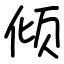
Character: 倾